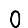
Digit: 0